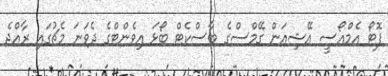
ފޮޓޯ އެމްއޯސީ އޭޝިއަން ގޭމްސްގެ ބާސްކެޓް ބޯޅަ އިވެންޓްގެ ދެވަނަ މެޗުގައި ރާއްޖެ